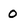
Character: o